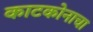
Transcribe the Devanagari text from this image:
काटकोनाचा